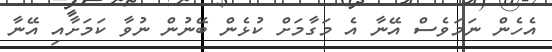
އެހެން ނަމަވެސް އޭނާ އެ މަގާމަށް ކުޅެން ބޭނުން ނުވާ ކަމަށާއި އޭނާ